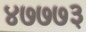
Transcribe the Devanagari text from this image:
४७७७३